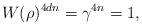
\begin{align*} W(\rho)^{4 d n}=\gamma^{4n}=1,\end{align*}